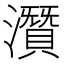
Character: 𤂯